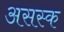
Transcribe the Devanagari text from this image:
असस्क